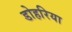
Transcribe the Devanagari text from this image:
डोहरिया